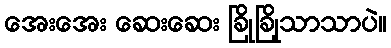
အေးအေး ဆေးဆေး ခြိုခြိုသာသာပဲ။